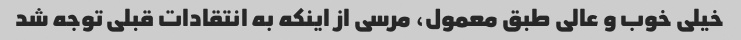
خیلی خوب و عالی طبق معمول، مرسی از اینکه به انتقادات قبلی توجه شد